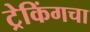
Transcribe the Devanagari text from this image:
ट्रेकिंगचा